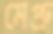
মেপ্রু